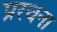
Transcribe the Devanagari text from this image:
प्ररचना